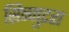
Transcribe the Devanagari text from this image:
सिन्गुटरा